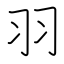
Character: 羽